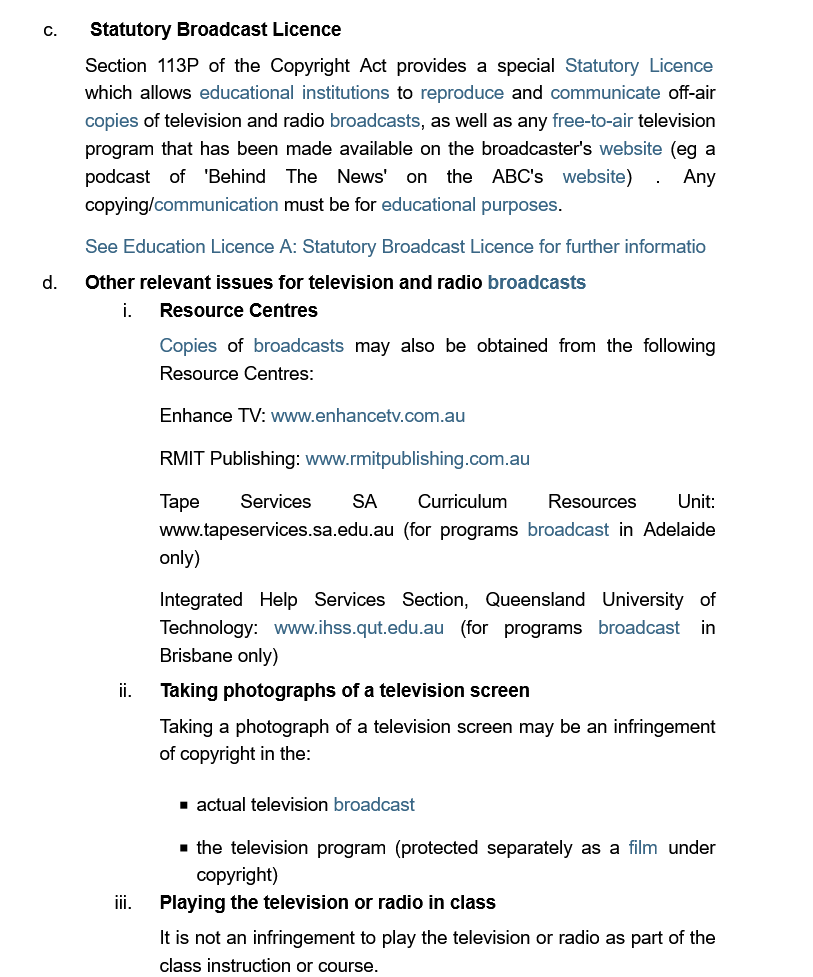
c.   Statutory Broadcast  Licence
     Section 113P of the Copyright Act provides a special Statutory Licence
     which allows educational institutions to reproduce and communicate off-air
     copies of television and radio broadcasts, as well as any free-to-air television
     program that has been made available on the broadcaster's website (eg a
     podcast  of  ‘Behind  The   News'  on   the ABC's   website)
     .
     Any
     copying/communication must be for educational purposes.
     See Education Licence A: Statutory Broadcast Licence for further informatio
     d.   Other relevant issues for television and radio broadcasts
     Resource  Centres
     Copies  of broadcasts may also  be obtained from the following
     Resource Centres:
     Enhance  TV: www.enhancetv.com.au
     RMIT  Publishing: www.rmitpublishing.com.au
     Tape    Services    SA    Curriculum    Resources    Unit:
     www.tapeservices.sa.edu.au (for programs broadcast in Adelaide
     only)
     Integrated Help  Services  Section, Queensland   University of
     Technology:  www.ihss.qut.edu.au (for programs  broadcast   in
     Brisbane only)

     Taking photographs of a television screen
     Taking a photograph of a television screen may be an infringement
     of copyright in the:
     = actual television broadcast
     = the television program (protected separately as
     a
     film   under
     copyright)
     Playing the tele
     It is not an infringement to play the television or radio as part of the
     class instruction or course.